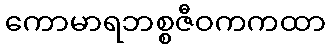
ကောမာရဘစ္စဇီဝကကထာ